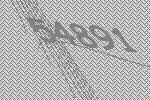
54891